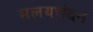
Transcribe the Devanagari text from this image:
मलयचंदन